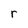
Character: r